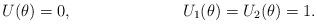
LaTeX: \begin{align*}&U(\theta)=0,&&U_1(\theta)=U_2(\theta)=1.\end{align*}